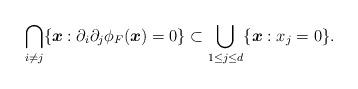
LaTeX: \begin{align*}\bigcap_{ i \neq j } \{\boldsymbol x: \partial_i\partial_j\phi_F(\boldsymbol x)=0\} \subset \bigcup_{ 1\leq j \leq d} \{\boldsymbol x: x_j =0\}.\end{align*}